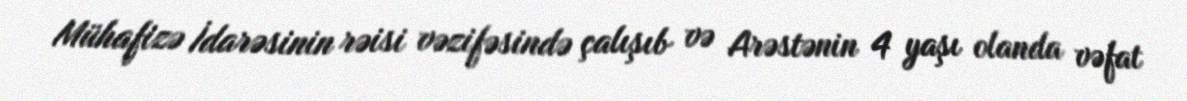
Mühafizə İdarəsinin rəisi vəzifəsində çalışıb və Arəstənin 4 yaşı olanda vəfat